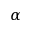
\alpha